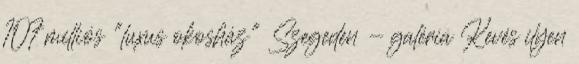
107 milliós "luxus okosház" Szegeden - galéria Kevés ilyen